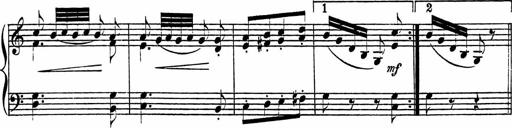
Title: Piano Sonatinas
Composer: Charles Fradel